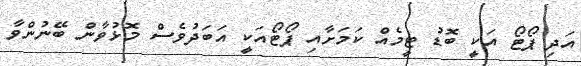
އަދި ޕޯޓޯ އަކީ ބޮޑު ޓީމެއް ކަމަށާއި ޕޯޓޯއަކީ އަބަދުވެސް މޮޅުވާން ބޭނުންވާ